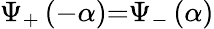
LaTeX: \Psi_{+}\left(-\alpha\right){=}\Psi_{-}\left(\alpha\right)